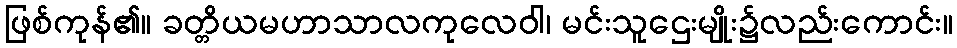
ဖြစ်ကုန်၏။ ခတ္တိယမဟာသာလကုလေဝါ၊ မင်းသူဌေးမျိုး၌လည်းကောင်း။